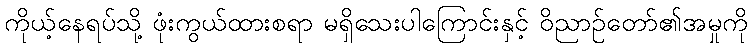
ကိုယ့်နေရပ်သို့ ဖုံးကွယ်ထားစရာ မရှိသေးပါကြောင်းနှင့် ဝိညာဉ်တော်၏အမှုကို